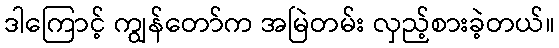
ဒါကြောင့် ကျွန်တော်က အမြဲတမ်း လှည့်စားခဲ့တယ်။